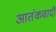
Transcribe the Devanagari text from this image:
आतंंकवादी